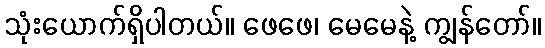
သုံးယောက်ရှိပါတယ်။ ဖေဖေ၊ မေမေနဲ့ ကျွန်တော်။